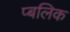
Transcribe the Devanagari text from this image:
प्बलिक